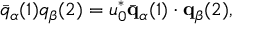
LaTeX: \bar { q } _ { \alpha } ( 1 ) q _ { \beta } ( 2 ) = u _ { 0 } ^ { * } \bar { \bf q } _ { \alpha } ( 1 ) \cdot { \bf q } _ { \beta } ( 2 ) ,